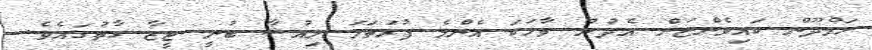
ހަމްދޫން ކައިވެންޏަށް އެދުނު ވާހަކަ އެންމެ ފުރަތަމަ ލިއުޝާ ބުނީ ޖީޒާ ގާތުގައެވެ.